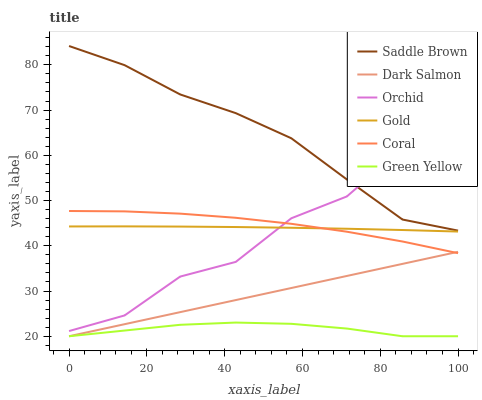
| xaxis_label | Saddle Brown | Dark Salmon | Orchid | Gold | Coral | Green Yellow |
 | --- | --- | --- | --- | --- | --- | --- |
 | 0 | 84.2 | 20 | 21.1 | 44.3 | 47.7 | 20 |
 | 14.3 | 79.9 | 22.7 | 24.6 | 44.3 | 47.6 | 21.3 |
 | 28.6 | 73.4 | 25.3 | 33.2 | 44.2 | 47.1 | 22.5 |
 | 42.9 | 69.3 | 28 | 36.4 | 44.1 | 46.2 | 23 |
 | 57.1 | 63.8 | 30.7 | 46.1 | 44 | 44.9 | 22.7 |
 | 71.4 | 54.7 | 33.3 | 50.9 | 43.8 | 43.1 | 21.7 |
 | 85.7 | 45.8 | 36 | 61.6 | 43.5 | 40.9 | 20 |
 | 100 | 43.4 | 38.7 | 66.4 | 43.1 | 38.4 | 20 |